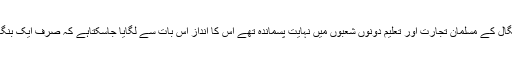
قیام پاکستان کے وقت بنگال کے مسلمان تجارت اور تعلیم دونوں شعبوں میں نہایت پسماندہ تھے اس کا انداز اس بات سے لگایا جاسکتاہے کہ صرف ایک بنگالی سول سروس میں تھا۔